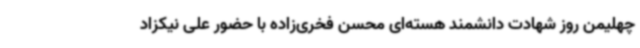
چهلیمن روز شهادت دانشمند هسته‌ای محسن فخری‌زاده با حضور علی نیکزاد